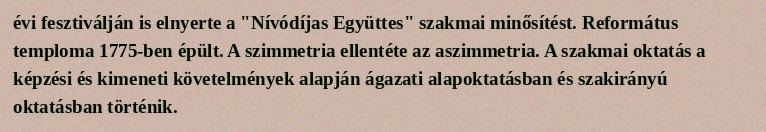
évi fesztiválján is elnyerte a "Nívódíjas Együttes" szakmai minősítést. Református temploma 1775-ben épült. A szimmetria ellentéte az aszimmetria. A szakmai oktatás a képzési és kimeneti követelmények alapján ágazati alapoktatásban és szakirányú oktatásban történik.